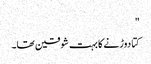
"
کتا دوڑنے کا بہت شوقین تھا۔